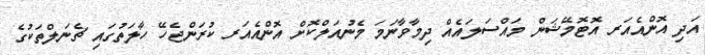
އަދި އޮންއެއަރ އޮޓޮމޭޝަން މައްސަލައެއް ދިމާވާނަމަ މެނުއަލްކޮށް އޮންއެއަރ ކުރަންޖެހޭ ހާލަތުގައި ޗެނަލްތަކުގެ